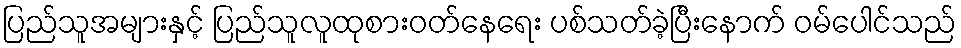
ပြည်သူအများနှင့် ပြည်သူလူထုစားဝတ်နေရေး ပစ်သတ်ခဲ့ပြီးနောက် ဝမ်ပေါင်သည်